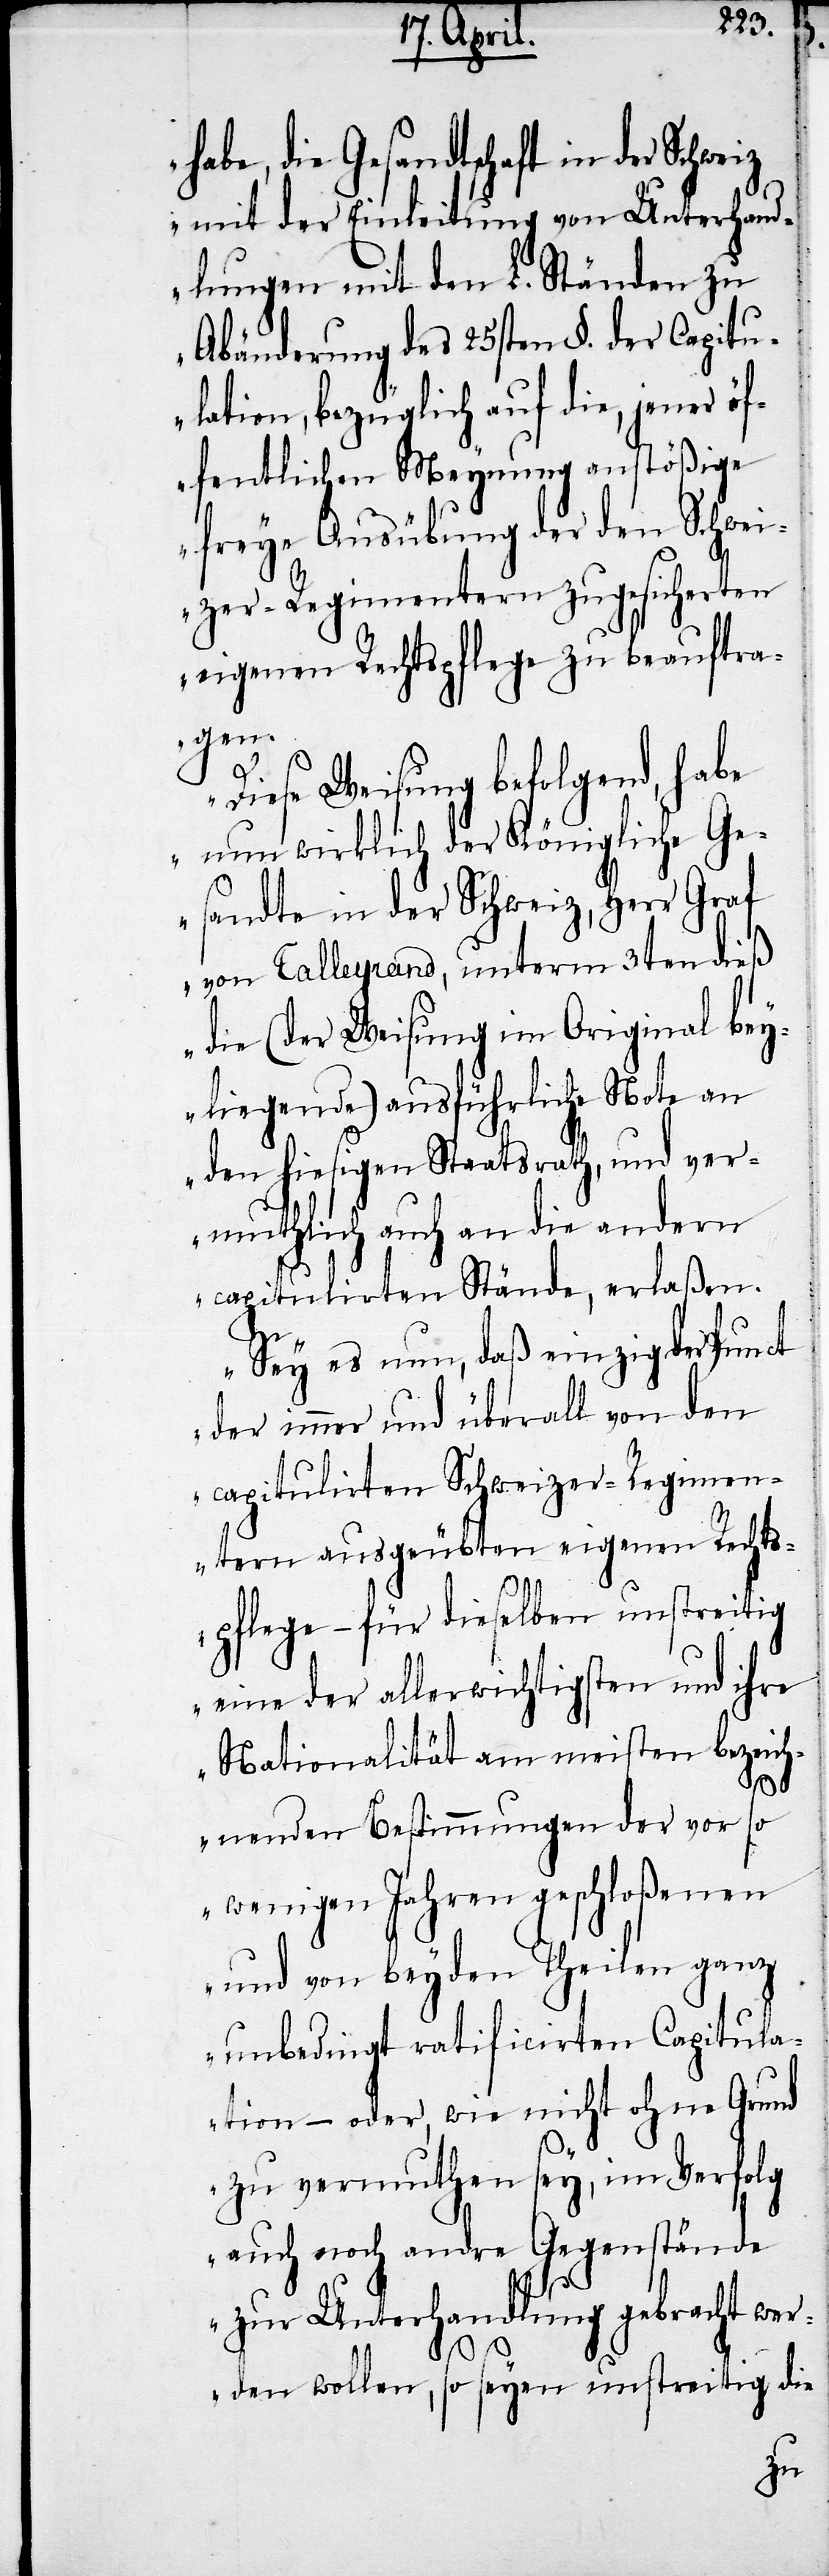
habe, die Gesandtschaft in der
mit der Einleitung von Unterhand¬
lungen mit den L. Ständen zu
Abänderung des 25sten §. der Capitu¬
lation, bezüglich auf die, jener öf¬
fentlichen Meynung anstößige
freye Ausübung der den Schwei¬
zer-Regimentern zugesicherten
eigenen Rechtspflege zu beauftra¬
gen.
Diese Weisung befolgend, habe
nun wirklich der Königliche Ge¬
sandte in der Schweiz, Herr Graf
von Talleyrand, unterm 3ten dieß
die (der Weisung im Original bey¬
liegende) ausführliche Note an
den hiesigen Staatsrath, und ver¬
muthlich auch an die andern
capitulirten Stände, erlaßen.
Sey es nun, daß einzig der Punct
der immer und überall von den
capitulirten Schweizer-Regimen¬
tern ausgeübten eigenen Rechts¬
pflege – für dieselben unstreitig
eine der allerwichtigsten und ihre
Nationalität am meisten bezeich¬
nenden Bestimmungen der vor so
wenigen Jahren geschloßenen
und von beyden Theilen ganz
unbedingt ratificirten Capitula¬
tion – oder, wie nicht ohne Grund
zu vermuthen sey, im Verfolg
auch noch andre Gegenstände
zur Unterhandlung gebracht wer¬
den wollen, so seyen unstreitig die